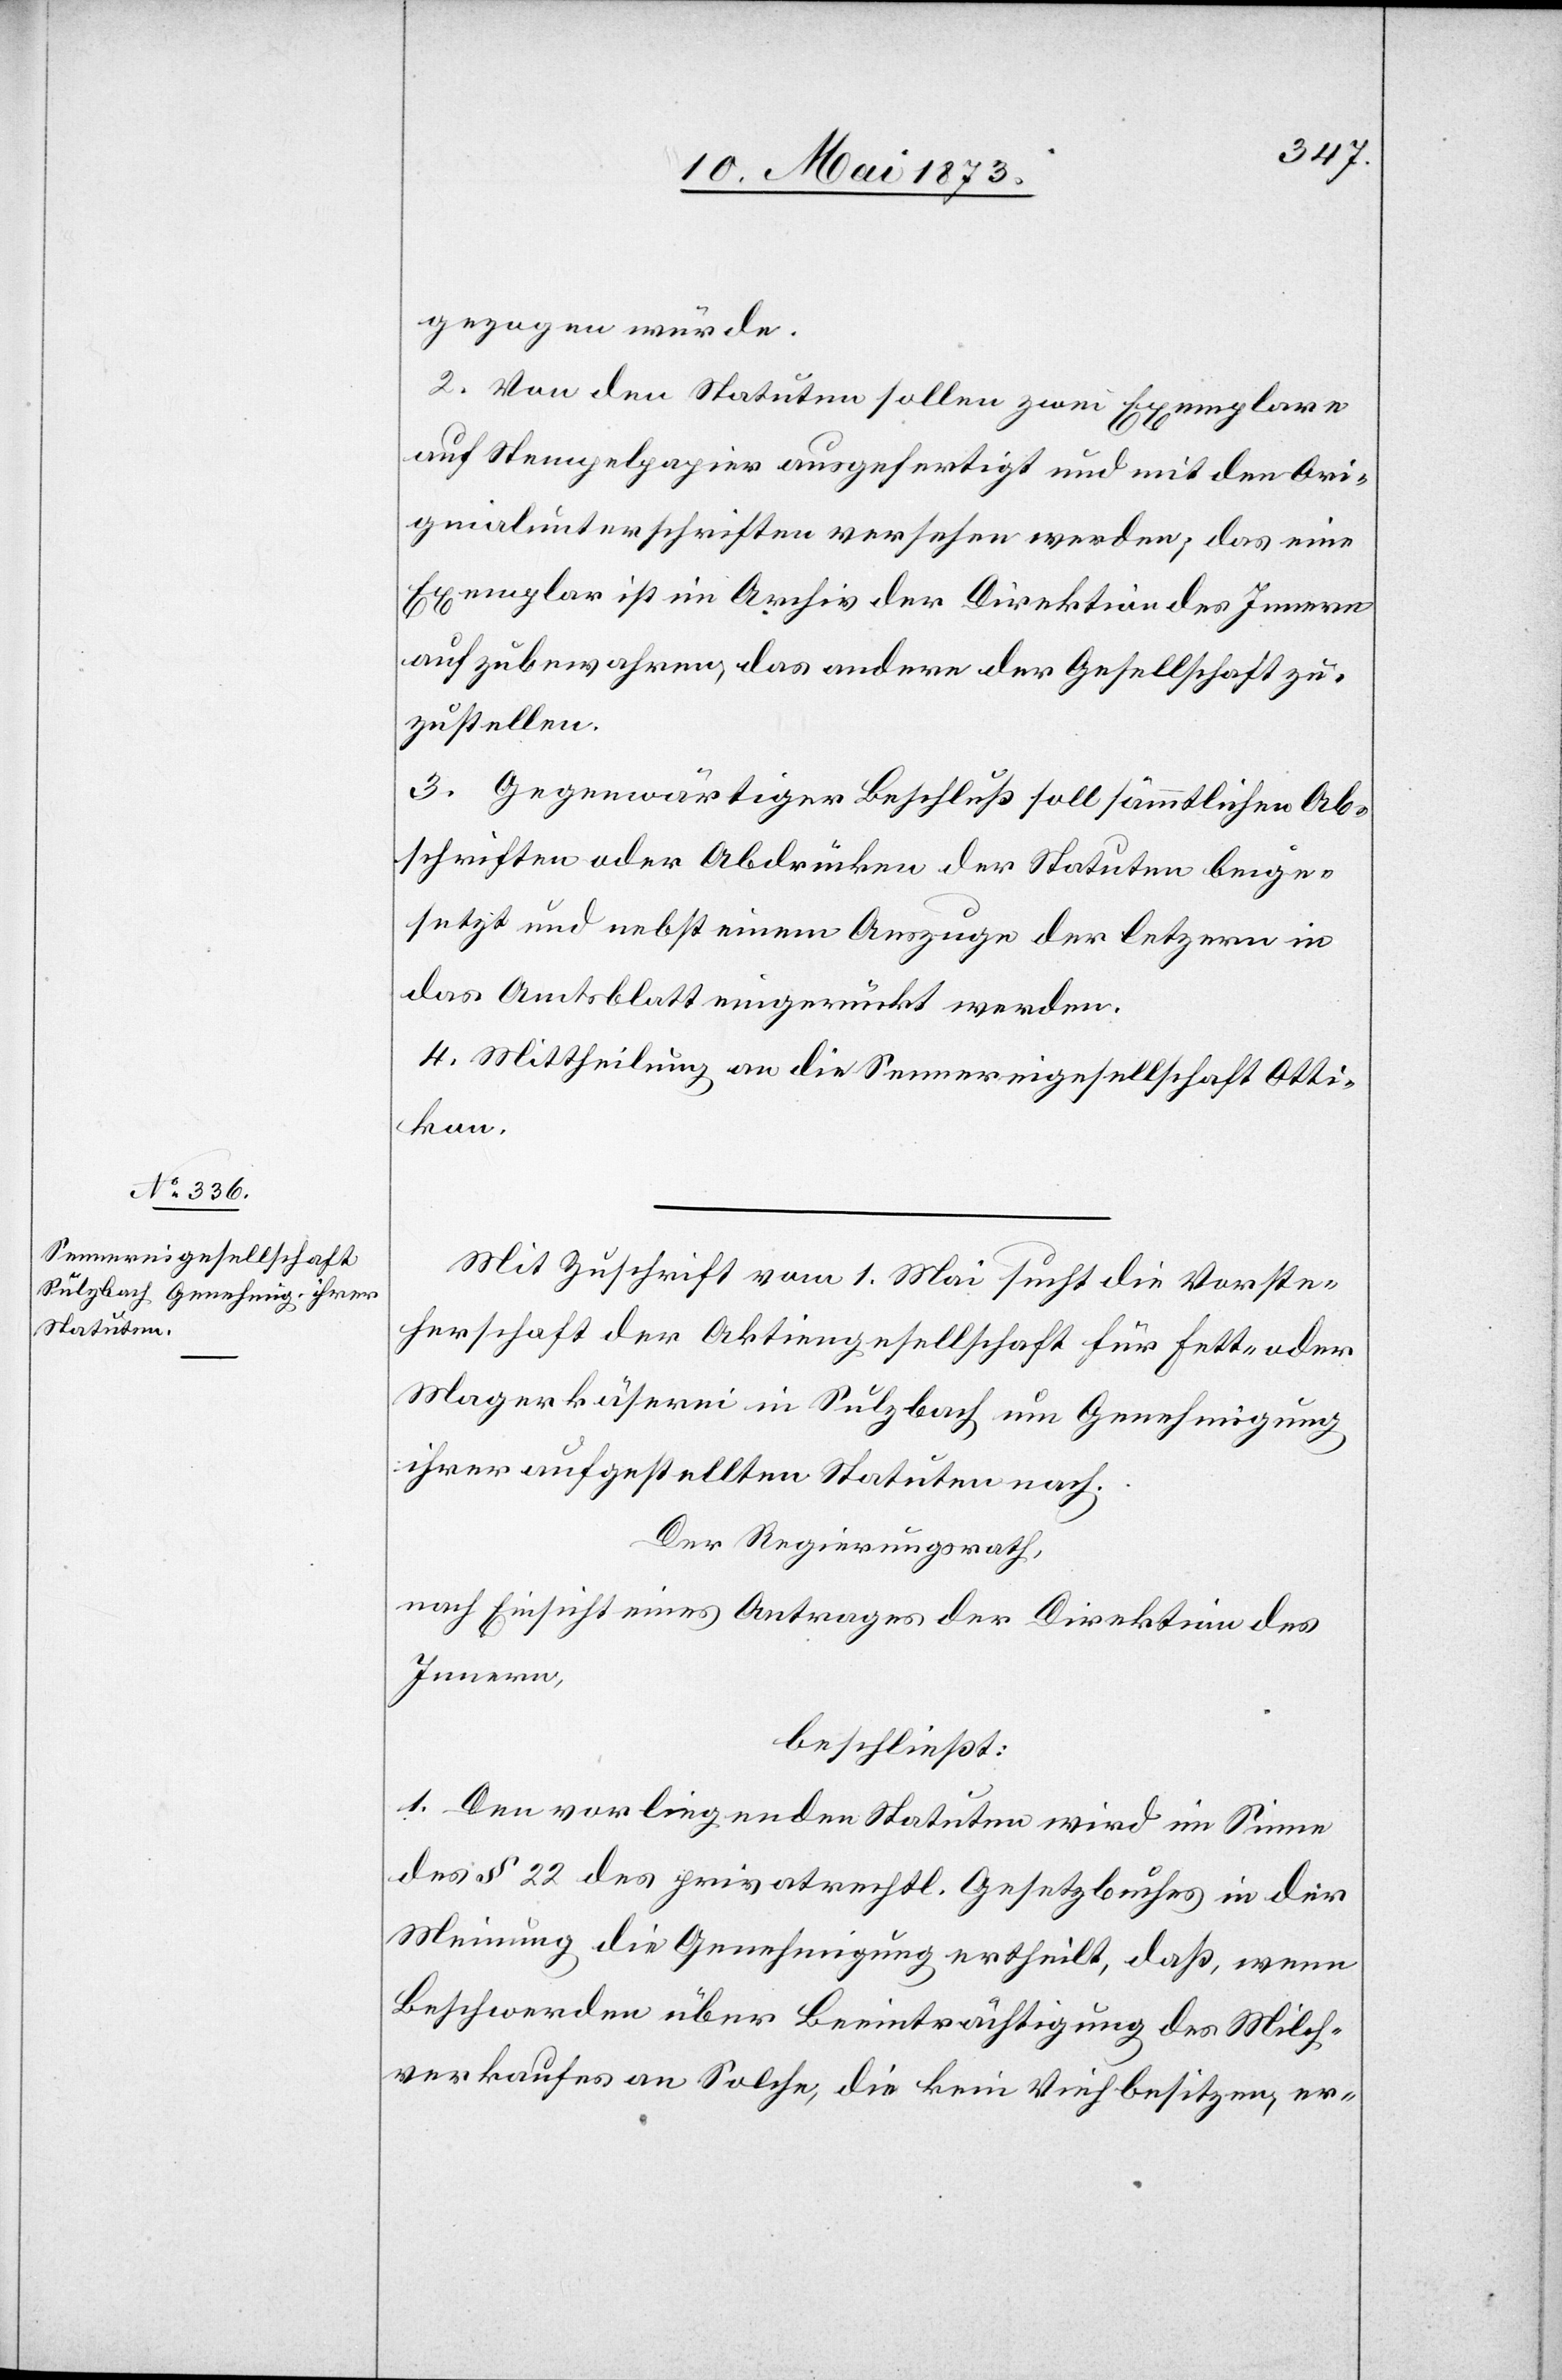
gezogen würde.
2. Von den Statuten sollen zwei Exemplare
auf Stempelpapier ausgefertigt und mit den Ori¬
ginalunterschriften versehen werden; das eine
Exemplar ist im Archiv der Direktion des Innern
aufzubewahren, das andere der Gesellschaft zu¬
zustellen.
3. Gegenwärtiger Beschluß soll sämmtlichen Ab¬
schriften oder Abdrücken der Statuten beige¬
setzt und nebst einem Auszuge der letzern
das Amtsblatt eingerückt werden.
4. Mittheilung an die Sennereigesellschaft Otti¬
kon.
Mit Zuschrift vom 1. Mai sucht die Vorste¬
herschaft der Aktiengesellschaft für Fett- oder
Magerkäserei in Sulzbach um Genehmigung
ihrer aufgestellten Statuten nach.
Der Regierungsrath,
nach Einsicht eines Antrages der Direktion des
Innern,
beschließt:
1. Den vorliegenden Statuten wird im Sinne
des § 22 des privatrechtl. Gesetzbuches in der
Meinung die Genehmigung ertheilt, daß, wenn
Beschwerden über Beeinträchtigung des Milch¬
verkaufes an Solche, die kein Vieh besitzen, er-